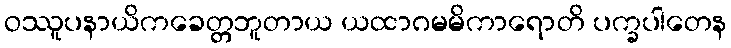
ဝဿူပနာယိကခေတ္တဘူတာယ ယထာဂမမိကာရောတိ ပက္ခပါတေန